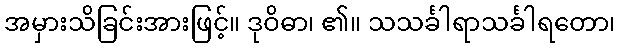
အမှားသိခြင်းအားဖြင့်။ ဒုဝိဓာ၊ ၏။ သသင်္ခါရာသင်္ခါရတော၊